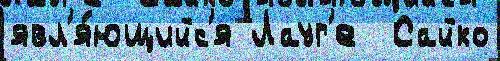
явл'я́ющийс'я Лауг'е  Сайко